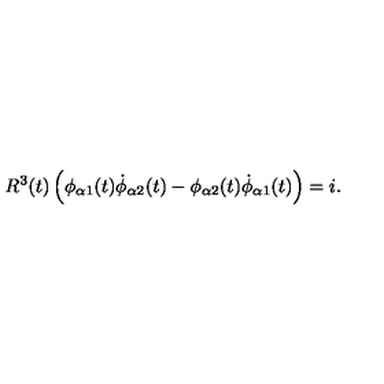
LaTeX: R ^ { 3 } ( t ) \left( \phi _ { \alpha 1 } ( t ) \dot { \phi } _ { \alpha 2 } ( t ) - \phi _ { \alpha 2 } ( t ) \dot { \phi } _ { \alpha 1 } ( t ) \right) = i .